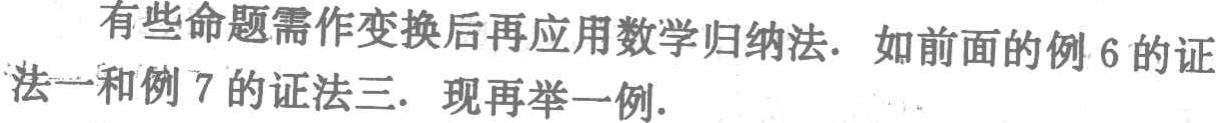
有些命题需作变换后再应用数学归纳法. 如前面的例 6 的证法一和例 7 的证法三. 现再举一例.